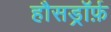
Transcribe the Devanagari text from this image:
हौसड्रॉर्फ़